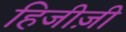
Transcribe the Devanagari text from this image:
हिजीज़ी